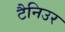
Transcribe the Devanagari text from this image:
टैनिउर